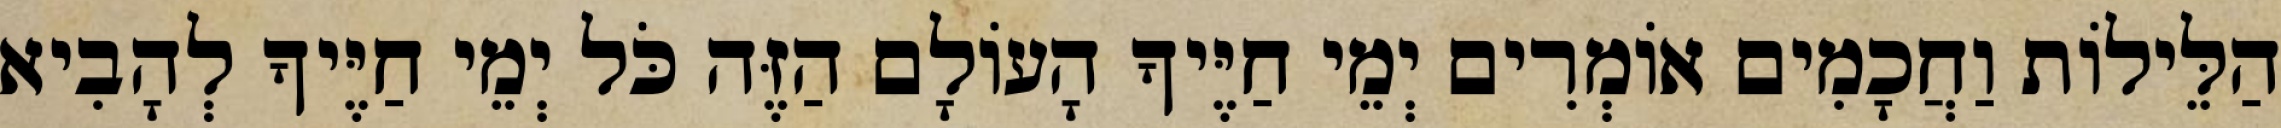
הַלֵּילוֹת וַחֲכָמִים אוֹמְרִים יְמֵי חַיֶּיךָ הָעוֹלָם הַזֶּה כֹּל יְמֵי חַיֶּיךָ לְהָבִיא